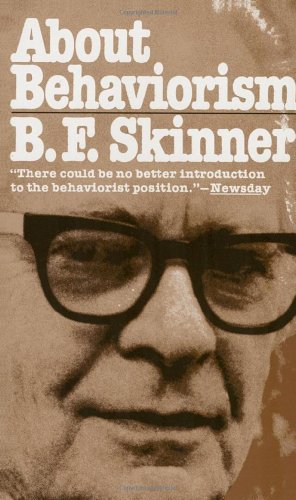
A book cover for About Behaviorism; B.F. Skinner; Science & Math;